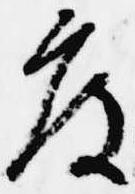
度